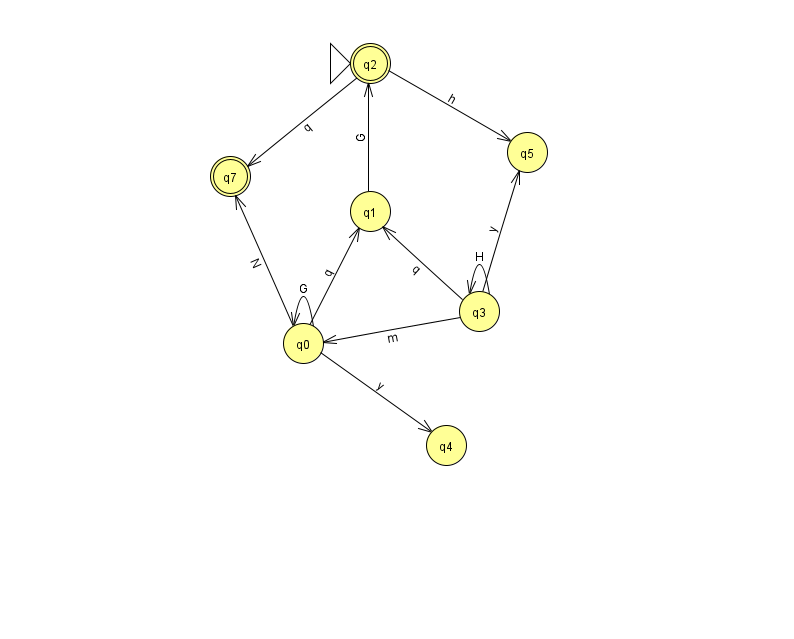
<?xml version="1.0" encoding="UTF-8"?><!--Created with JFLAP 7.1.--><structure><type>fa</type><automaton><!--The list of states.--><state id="0" name="q0"><x>303.0</x><y>330.0</y></state><state id="1" name="q1"><x>370.0</x><y>198.0</y></state><state id="2" name="q2"><x>370.0</x><y>50.0</y><initial/><final/></state><state id="3" name="q3"><x>479.0</x><y>298.0</y></state><state id="4" name="q4"><x>446.0</x><y>432.0</y></state><state id="5" name="q5"><x>527.0</x><y>139.0</y></state><state id="7" name="q7"><x>230.0</x><y>163.0</y><final/></state><!--The list of transitions.--><transition><from>0</from><to>4</to><read>y</read></transition><transition><from>0</from><to>7</to><read>N</read></transition><transition><from>0</from><to>1</to><read>q</read></transition><transition><from>1</from><to>2</to><read>G</read></transition><transition><from>2</from><to>5</to><read>h</read></transition><transition><from>3</from><to>0</to><read>m</read></transition><transition><from>0</from><to>0</to><read>G</read></transition><transition><from>2</from><to>7</to><read>q</read></transition><transition><from>3</from><to>3</to><read>H</read></transition><transition><from>3</from><to>5</to><read>y</read></transition><transition><from>3</from><to>1</to><read>q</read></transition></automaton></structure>